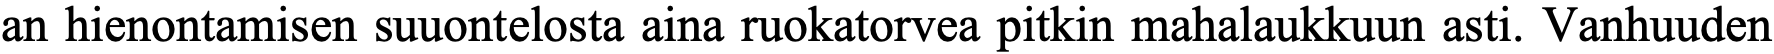
an hienontamisen suuontelosta aina ruokatorvea pitkin mahalaukkuun asti. Vanhuuden